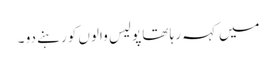
میں کہہ رہا تھا پولیس والوں کو رہنے دو ۔